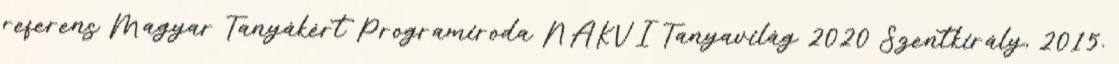
referens Magyar Tanyákért Programiroda NAKVI Tanyavilág 2020 Szentkirály, 2015.